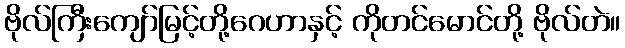
ဗိုလ်ကြီးကျော်မြင့်တို့ဂေဟာနှင့် ကိုတင်မောင်တို့ ဗိုလ်တဲ။